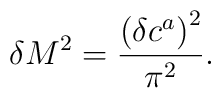
\delta M^2 = \frac{\left(\delta c^a\right)^2}{\pi ^2} .